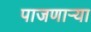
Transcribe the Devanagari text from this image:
पाजणाऱ्या